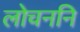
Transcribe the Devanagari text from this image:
लोचननि